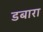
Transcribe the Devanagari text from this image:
डबारा